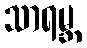
သာရမ္ဘ